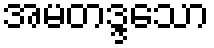
အမတဒ္ဒသော